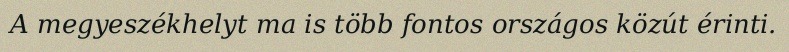
A megyeszékhelyt ma is több fontos országos közút érinti.